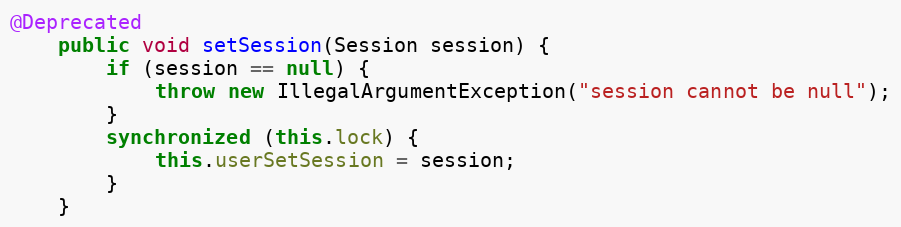
Language: Java
@Deprecated
    public void setSession(Session session) {
        if (session == null) {
            throw new IllegalArgumentException("session cannot be null");
        }
        synchronized (this.lock) {
            this.userSetSession = session;
        }
    }